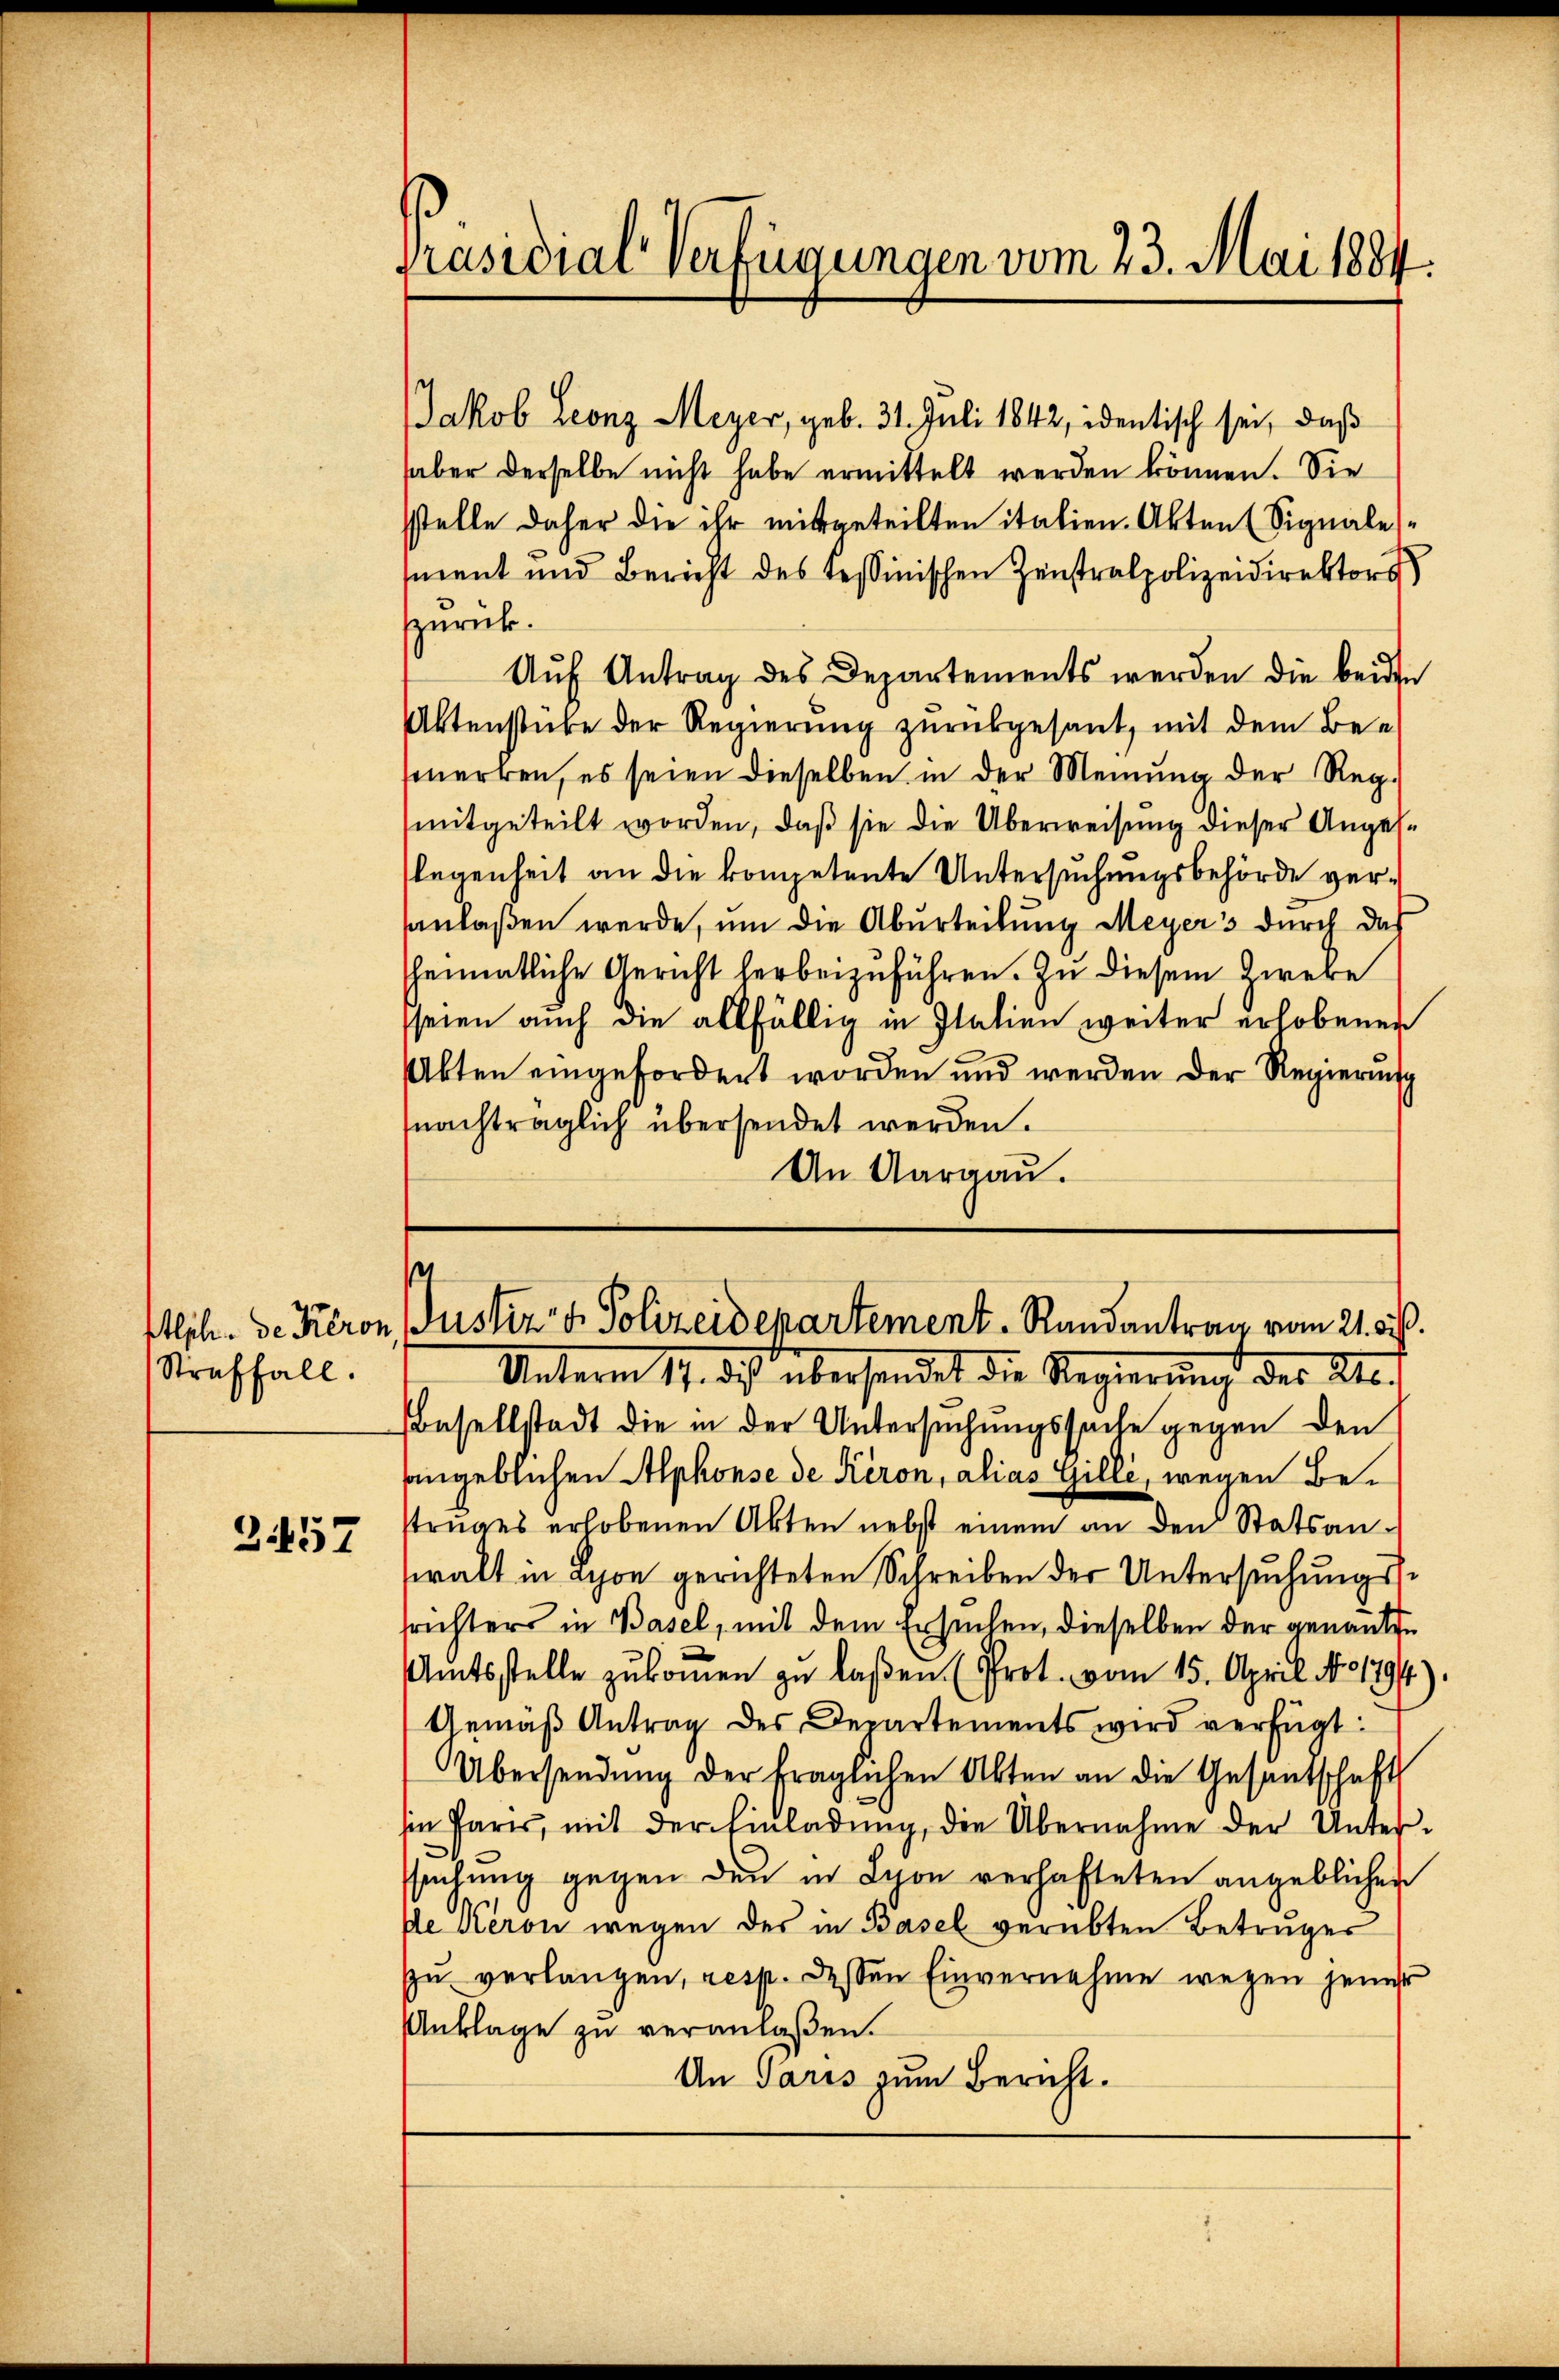
Straffall.

2457

Präsidial-Verfügungen vom 23. Mai 1884.

Jakob Leonz Meyer, geb. 31. Juli 1842, identisch sei, daß
haber derselbe nicht habe ermittelt werden können. Sie
sstelle daher die ihr mitgeteilten italien. Akten (Signale
ment und Bericht des Tessinischen Zentralpolizeidirektors
zurück.
Aŭf Antrag des Departements werden die beiden
Utenstube der Regierung zurückgesant, mit dem Befmerken, es seien dieselben in der Meinung der Reg-
mitgeteilt worden, daß sie die Überweisung dieser Angeslegenheit an die kompetente Untersuchungsbehörde versanlaßen werde, um die Aburteilung Meyers durch das
sheimatliche Gericht herbeizuführen. Zu diesem Zweke
seien auch die allfällig in Italien weiter erhobenen
Akten eingefordert worden und werden der Regierung
nachträglich übersendet werden.
An Aargau.

s
ftlich. de Keron Justiz- & Polizeidepartement. Randantrag vom 21. ds.

Unterm 17. ds. übersendet die Regierung des Ate.
Basellstadt die in der Untersuchungssache gegen den
angeblichen Alphonse de Keron, alias Gilli, wegen Betruges erhobenen Akten nebst einem an den Statsanwalt in Lyon gerichteten Schreiben der Untersuchungsfrichters in Basel, mit dem Ersuchen, dieselben der genannte
Amtsstelle zukommen zu laßen (Prot. vom 15. April No 1794.)
Gemäβ Antrag des Departements wird verfügt:
Übersendŭng der fraglichen Akten an die Gesantschaft
sin Paris, mit der Einladung, die Übernahme der Untersheilung gegen den in Lyon verhafteten angeblichen
Ie Keron wegen des in Basel verübten Betruges
zu verlangen, resp. dessen Einvernehme wegen jener
Anklage zu veranlaßen.
An Paris zum Bericht.